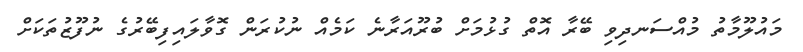
މައުލޫމާތު މުއްސަނދިވި ބޭރާ އޮތް ގުޅުމަށް ބުރޫއަރާނެ ކަމެއް ނުކުރަން ގޮވާލައިފިބޭރުގެ ނުފޫޒުތަކަށް